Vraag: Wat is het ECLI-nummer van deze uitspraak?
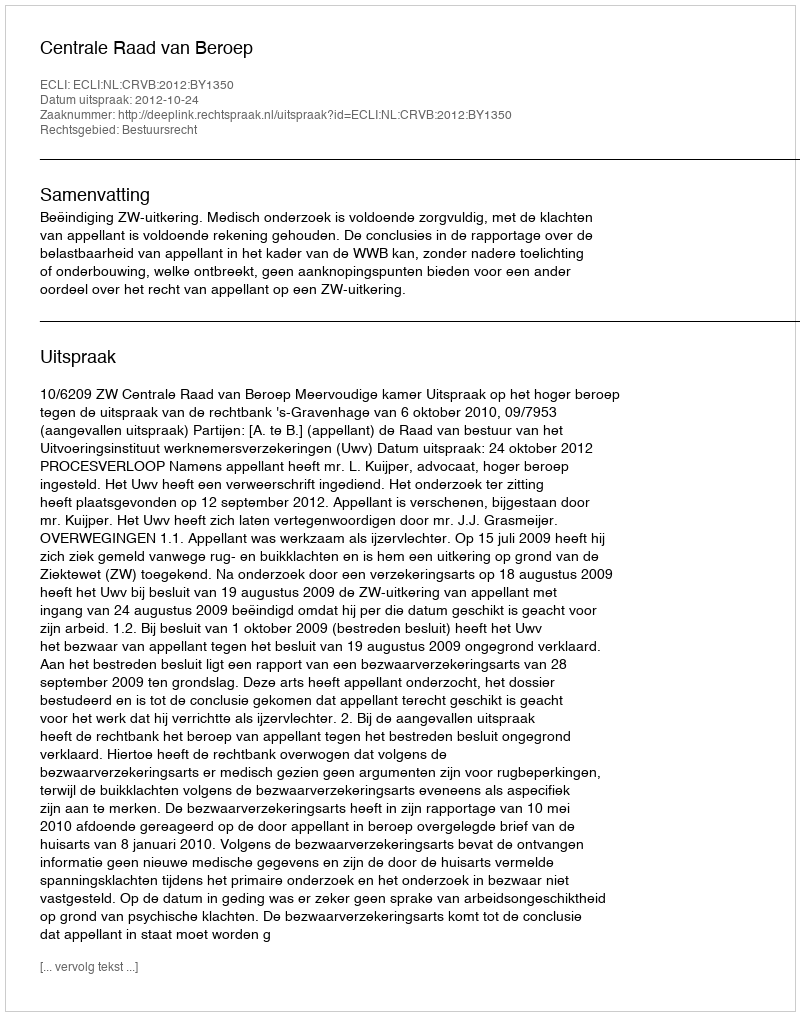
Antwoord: ECLI:NL:CRVB:2012:BY1350